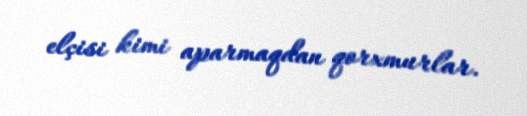
elçisi kimi aparmaqdan qorxmurlar.